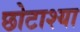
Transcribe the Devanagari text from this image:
छोटाश्या